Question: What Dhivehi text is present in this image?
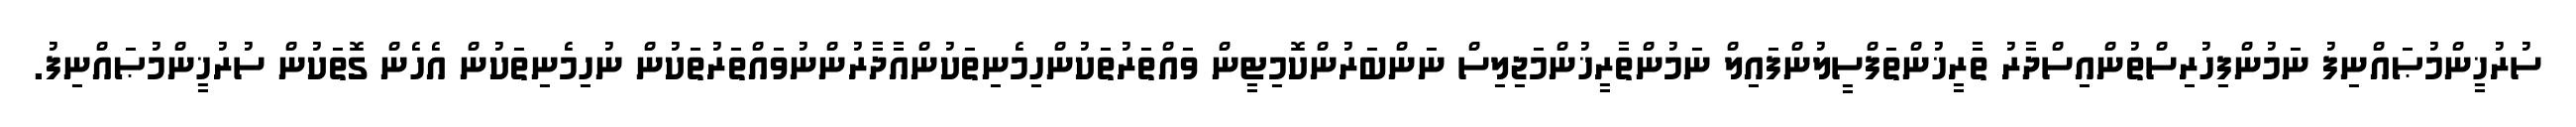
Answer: ސުރުޚީންމުޞައްނިފު ނަމުންފިހުރިސްތުންއިސްދާރު ތާރީޚުންތަފްސީލުންފައިލް ނަމުންތާރީޚުންމަޖިލިސް ނަންބަރުންކޮމިޓީން ވައްތަރުތަކުންހިމެނިތަކުންއާދާރުންނުވައްތަރުތަކުން ނުހިމެނިތަކުން އެހެން ގޮތަކުން ސުރުޚީންމުޞައްނިފު.